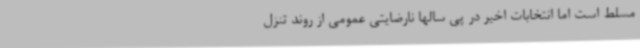
مسلط است اما انتخابات اخیر در پی سالها نارضایتی عمومی از روند تنزل